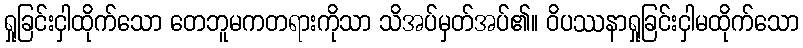
ရှုခြင်းငှါထိုက်သော တေဘူမကတရားကိုသာ သိအပ်မှတ်အပ်၏။ ဝိပဿနာရှုခြင်းငှါမထိုက်သော